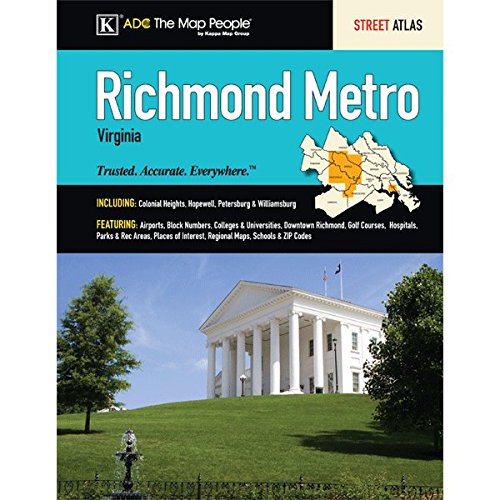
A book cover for ADC Richmond, Virginia Metro Street Atlas; ADC; Travel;